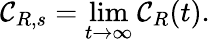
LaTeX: {\mathcal C}_{R,s}=\operatorname*{lim}_{t\rightarrow\infty}{\mathcal C}_{R}(t).